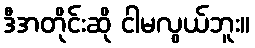
ဒီအတိုင်းဆို ငါမလွယ်ဘူး။